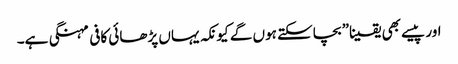
اور پیسے بھی یقینا” بچاسکتے ہوں گے کیونکہ یہاں پڑھائی کافی مہنگی ہے۔